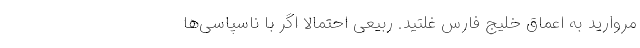
مروارید به اعماق خلیج فارس غلتید. ربیعی احتمالاً اگر با ناسپاسی‌ها